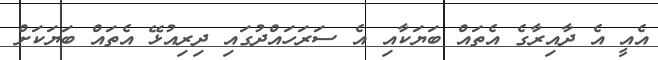
އެއީ އެ ދާއިރާގެ އެތައް ބަޔަކާއި އެ ސަރަހައްދުގައި ދިރިއުޅޭ އެތައް ބަޔަކަށް